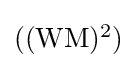
{\textstyle ((\mathrm {WM} )^{2})}